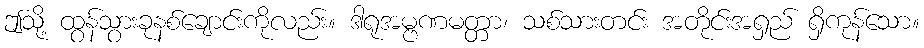
ဤသို့ ထွန်သွားခုနစ်ချောင်းကိုလည်း။ ဒါရုအမ္ဗဏမတ္တာ၊ သစ်သားတင်း အတိုင်းအရှည် ရှိကုန်သော။